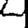
Digit: 4